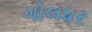
ગોલધર